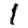
Digit: 1